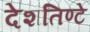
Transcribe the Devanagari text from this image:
देशतिण्टे